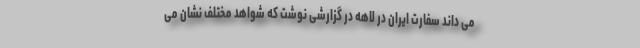
می داند سفارت ایران در لاهه در گزارشی نوشت که شواهد مختلف نشان می